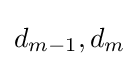
d_{m-1},d_{m}